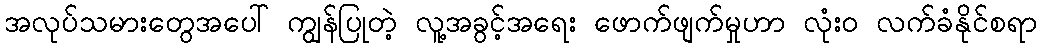
အလုပ်သမားတွေအပေါ် ကျွန်ပြုတဲ့ လူ့အခွင့်အရေး ဖောက်ဖျက်မှုဟာ လုံး၀ လက်ခံနိုင်စရာ